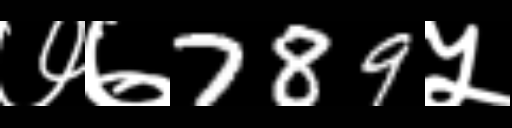
Text: ७७789५